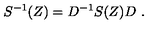
S ^ { - 1 } ( Z ) = D ^ { - 1 } S ( Z ) D \ .